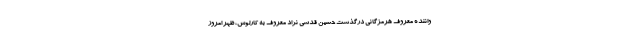
واننده معروف هرمزگانی درگذشت حسین قدسی نژاد معروف به کارلوس، ظهر امروز